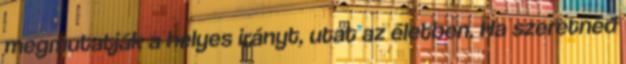
megmutatják a helyes irányt, utat az életben. Ha szeretnéd